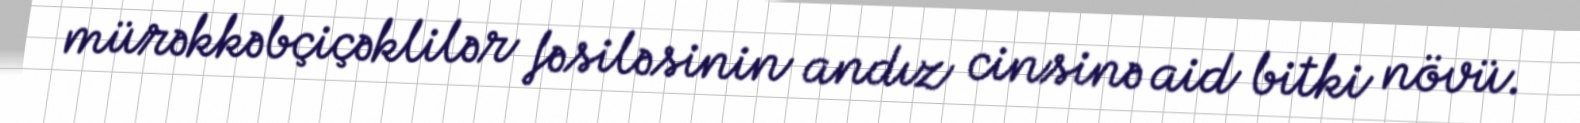
mürəkkəbçiçəklilər fəsiləsinin andız cinsinə aid bitki növü.